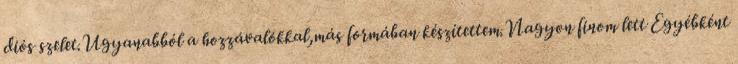
diós szelet.Ugyanabból a hozzávalókkal,más formában készítettem.Nagyon finom lett Egyébként